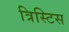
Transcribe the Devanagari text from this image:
त्रिस्टिस